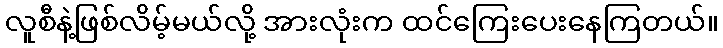
လူစီနဲ့ဖြစ်လိမ့်မယ်လို့ အားလုံးက ထင်ကြေးပေးနေကြတယ်။